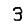
Digit: 3